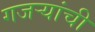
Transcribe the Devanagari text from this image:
गजर्‍यांची